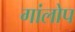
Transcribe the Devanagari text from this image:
गांलोप